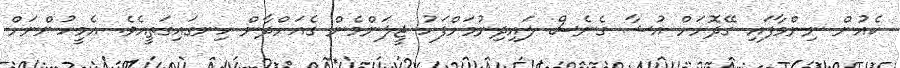
ކެއުން ނިންމާފައި ގޭދޮށަށް އުޝާ ގެނެސް ލައިދިނުމަށްފަހު ޖީލަންމެން ގެއަށްދާން ހިނގައިގަތީއެވެ. އެމީހުންނަށް